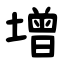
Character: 增